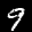
Label: 9